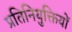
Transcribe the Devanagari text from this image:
प्रतिनियुक्तियों